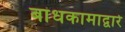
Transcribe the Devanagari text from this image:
बांधकामाद्वारे